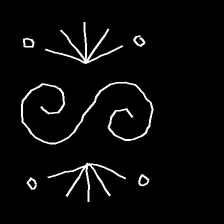
Glyph: aeroform